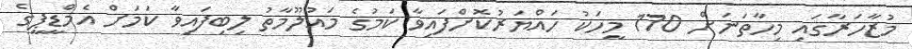
މުޒާހަރާގައި މިހާތަނަށް 170 މީހަކު ހައްޔަރުކޮށްފައިވާ ކަމުގެ މައުލޫމާތު ލިބިފައިވާ ކަމަށް އެމްޑީޕީގެ